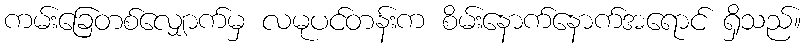
ကမ်းခြေတစ်လျှောက်မှ လမုပင်တန်းက စိမ်းနောက်နောက်အရောင် ရှိသည်။